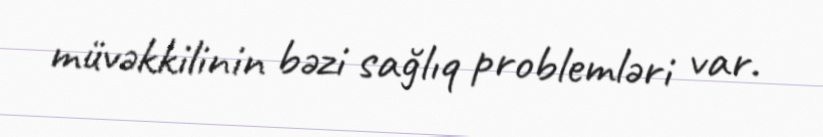
müvəkkilinin bəzi sağlıq problemləri var.